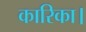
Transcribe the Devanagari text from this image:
कारिका।